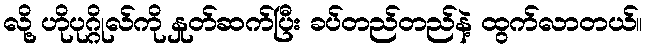
လို့ ဟိုပုဂ္ဂိုလ်ကို နှုတ်ဆက်ပြီး ခပ်တည်တည်နဲ့ ထွက်လာတယ်။